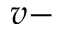
v -